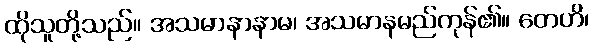
ထိုသူတို့သည်။ အသမာနာနာမ၊ အသမာနမည်ကုန်၏။ တေဟိ၊